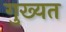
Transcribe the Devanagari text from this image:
गुख्यत